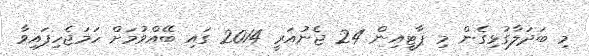
މި ބަދަލާގުޅިގެން މި ޕާޓީއިން 24 ޖެނުއަރީ 2014 ގައި ބޭއްވުމަށް ހަމަޖެހިފައިވާ